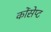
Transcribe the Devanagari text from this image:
कोंसेप्ट